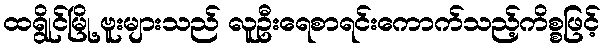
ထရွိုင်မြို့ ဗူးများသည် လူဦးရေစာရင်းကောက်သည့်ကိစ္စဖြင့်